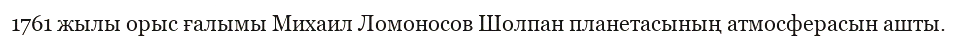
1761 жылы орыс ғалымы Михаил Ломоносов Шолпан планетасының атмосферасын ашты.